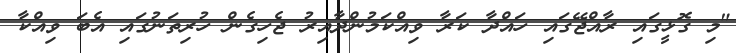
"މި ގޮޅީގައި ރާއްޖޭގައި ހައްދާ ކަރާ ވިއްކަމުންދާއިރު ޖެހިގެން ހުރިތަނުގައި އެބަ ވިއްކާ